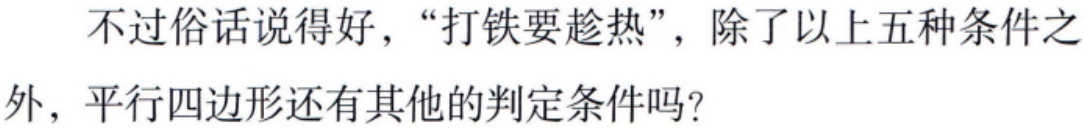
不过俗话说得好，“打铁要趁热”，除了以上五种条件之外，平行四边形还有其他的判定条件吗？